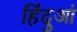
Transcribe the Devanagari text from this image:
हिंदुआं